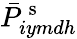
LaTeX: \bar{P}_{iymdh}^{\mathrm{~s~}}